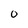
Character: O